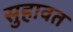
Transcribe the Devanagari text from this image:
सुहावत